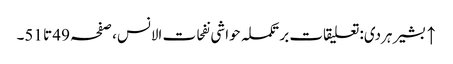
↑ بشیر ہردی: تعلیقات بر تکملہ حواشی نفحات الانس، صفحہ 49 تا 51۔